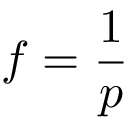
f = { \frac { 1 } { p } }